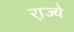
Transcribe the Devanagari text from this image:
रा़ज्ये